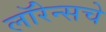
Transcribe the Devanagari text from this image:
लॉरेन्सचे